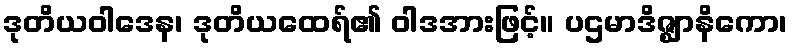
ဒုတိယဝါဒေန၊ ဒုတိယထေရ်၏ ဝါဒအားဖြင့်။ ပဌမာဒိဇ္ဈာနိကော၊